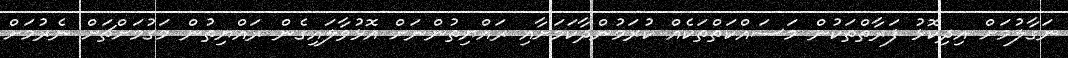
ނަގާލުމަށް އިދިކޮޅު ފަރާތްތަކުން މަސައްކަތްތަކެއް ކުރަމުންދާކަމަށާއި ރައްޔިތުންނަށް އޮޅުވާލައިގެން ރައްޔިތުން މަގުމަށްޗަށް ނެރުމަށް